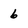
Character: 6